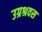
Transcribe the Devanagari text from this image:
उग्रश्रवस